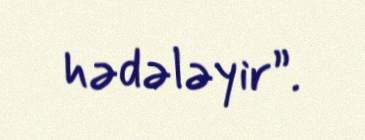
hədələyir”.